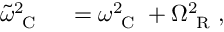
\begin{array} { r l } { \tilde { \omega } _ { \mathrm { ~ C ~ } } ^ { 2 } } & { { } = \omega _ { \mathrm { ~ C ~ } } ^ { 2 } + \Omega _ { \mathrm { ~ R ~ } } ^ { 2 } , } \end{array}